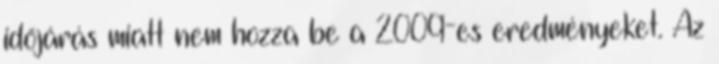
időjárás miatt nem hozza be a 2009-es eredményeket. Az